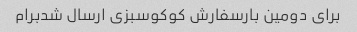
برای دومین بارسفارش کوکوسبزی ارسال شدبرام